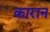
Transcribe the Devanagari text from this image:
कारान